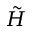
\tilde { H }